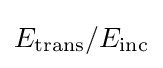
E_{\text{trans}}/E_{\text{inc}}